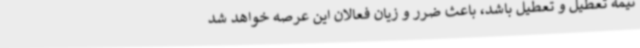
نیمه تعطیل و تعطیل باشد، باعث ضرر و زیان فعالان این عرصه خواهد شد